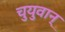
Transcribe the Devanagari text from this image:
चुयुवान्